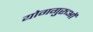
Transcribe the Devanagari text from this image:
योगगुरुओं